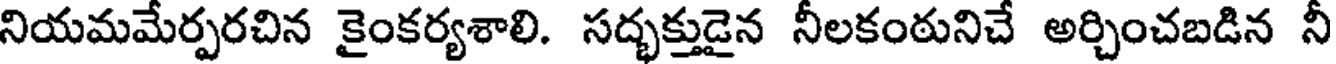
నియమమేర్పరచిన కైంకర్యశాలి. సద్భక్తుడైన నీలకంఠునిచే అర్చించబడిన నీ